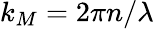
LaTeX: k_{M}=2\pi n/\lambda